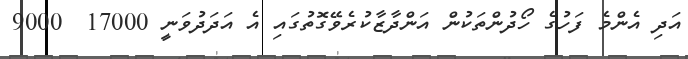
އަދި އެންމެ ފަހުގެ ހޯދުންތަކުން އަންދާޒާކުރެވޭގޮތުގައި އެ އަދަދުވަނީ 17000  9000